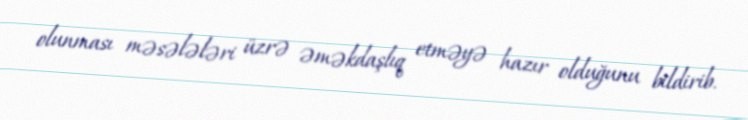
olunması məsələləri üzrə əməkdaşlıq etməyə hazır olduğunu bildirib.